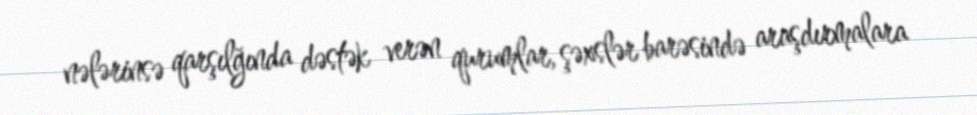
nələrinsə qarşılğında dəstək verən qurumlar, şəxslər barəsində araşdırmalara